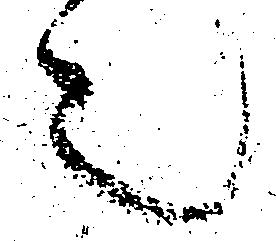
言